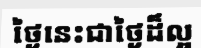
ថ្ងៃនេះជាថ្ងៃដ៏ល្អ